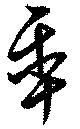
年